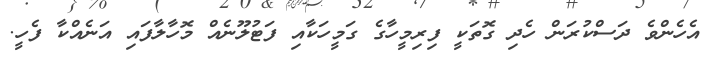
އެހެންވެ ދަސްކުރަން ހެދި ގޮތަކީ ފިރިމީހާގެ ގަމީހަކާއި ފަޓުލޫނެއް މޮހާލާފައި އަނެއްކާ ފެހީ.